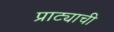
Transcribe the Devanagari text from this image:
प्राट्याची